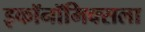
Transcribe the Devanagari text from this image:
इकॉनॉमिक्सला